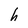
Character: h